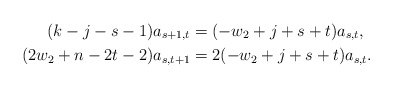
\begin{align*} (k-j-s-1)a_{s+1,t} & = (-w_2+j+s+t)a_{s,t} , \\ (2w_2 + n - 2t - 2)a_{s,t+1} & = 2(-w_2+j+s+t)a_{s,t} . \end{align*}